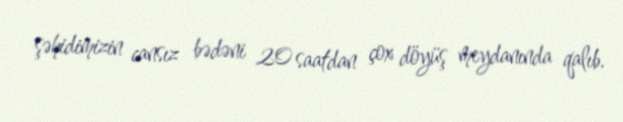
şəhidimizin cansız bədəni 20 saatdan çox döyüş meydanında qalıb.